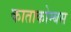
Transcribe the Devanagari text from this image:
काताकोम्बस